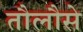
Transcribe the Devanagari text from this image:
तौलौसे